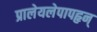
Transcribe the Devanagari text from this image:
प्रालेयलेपापहृन्